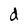
Character: d